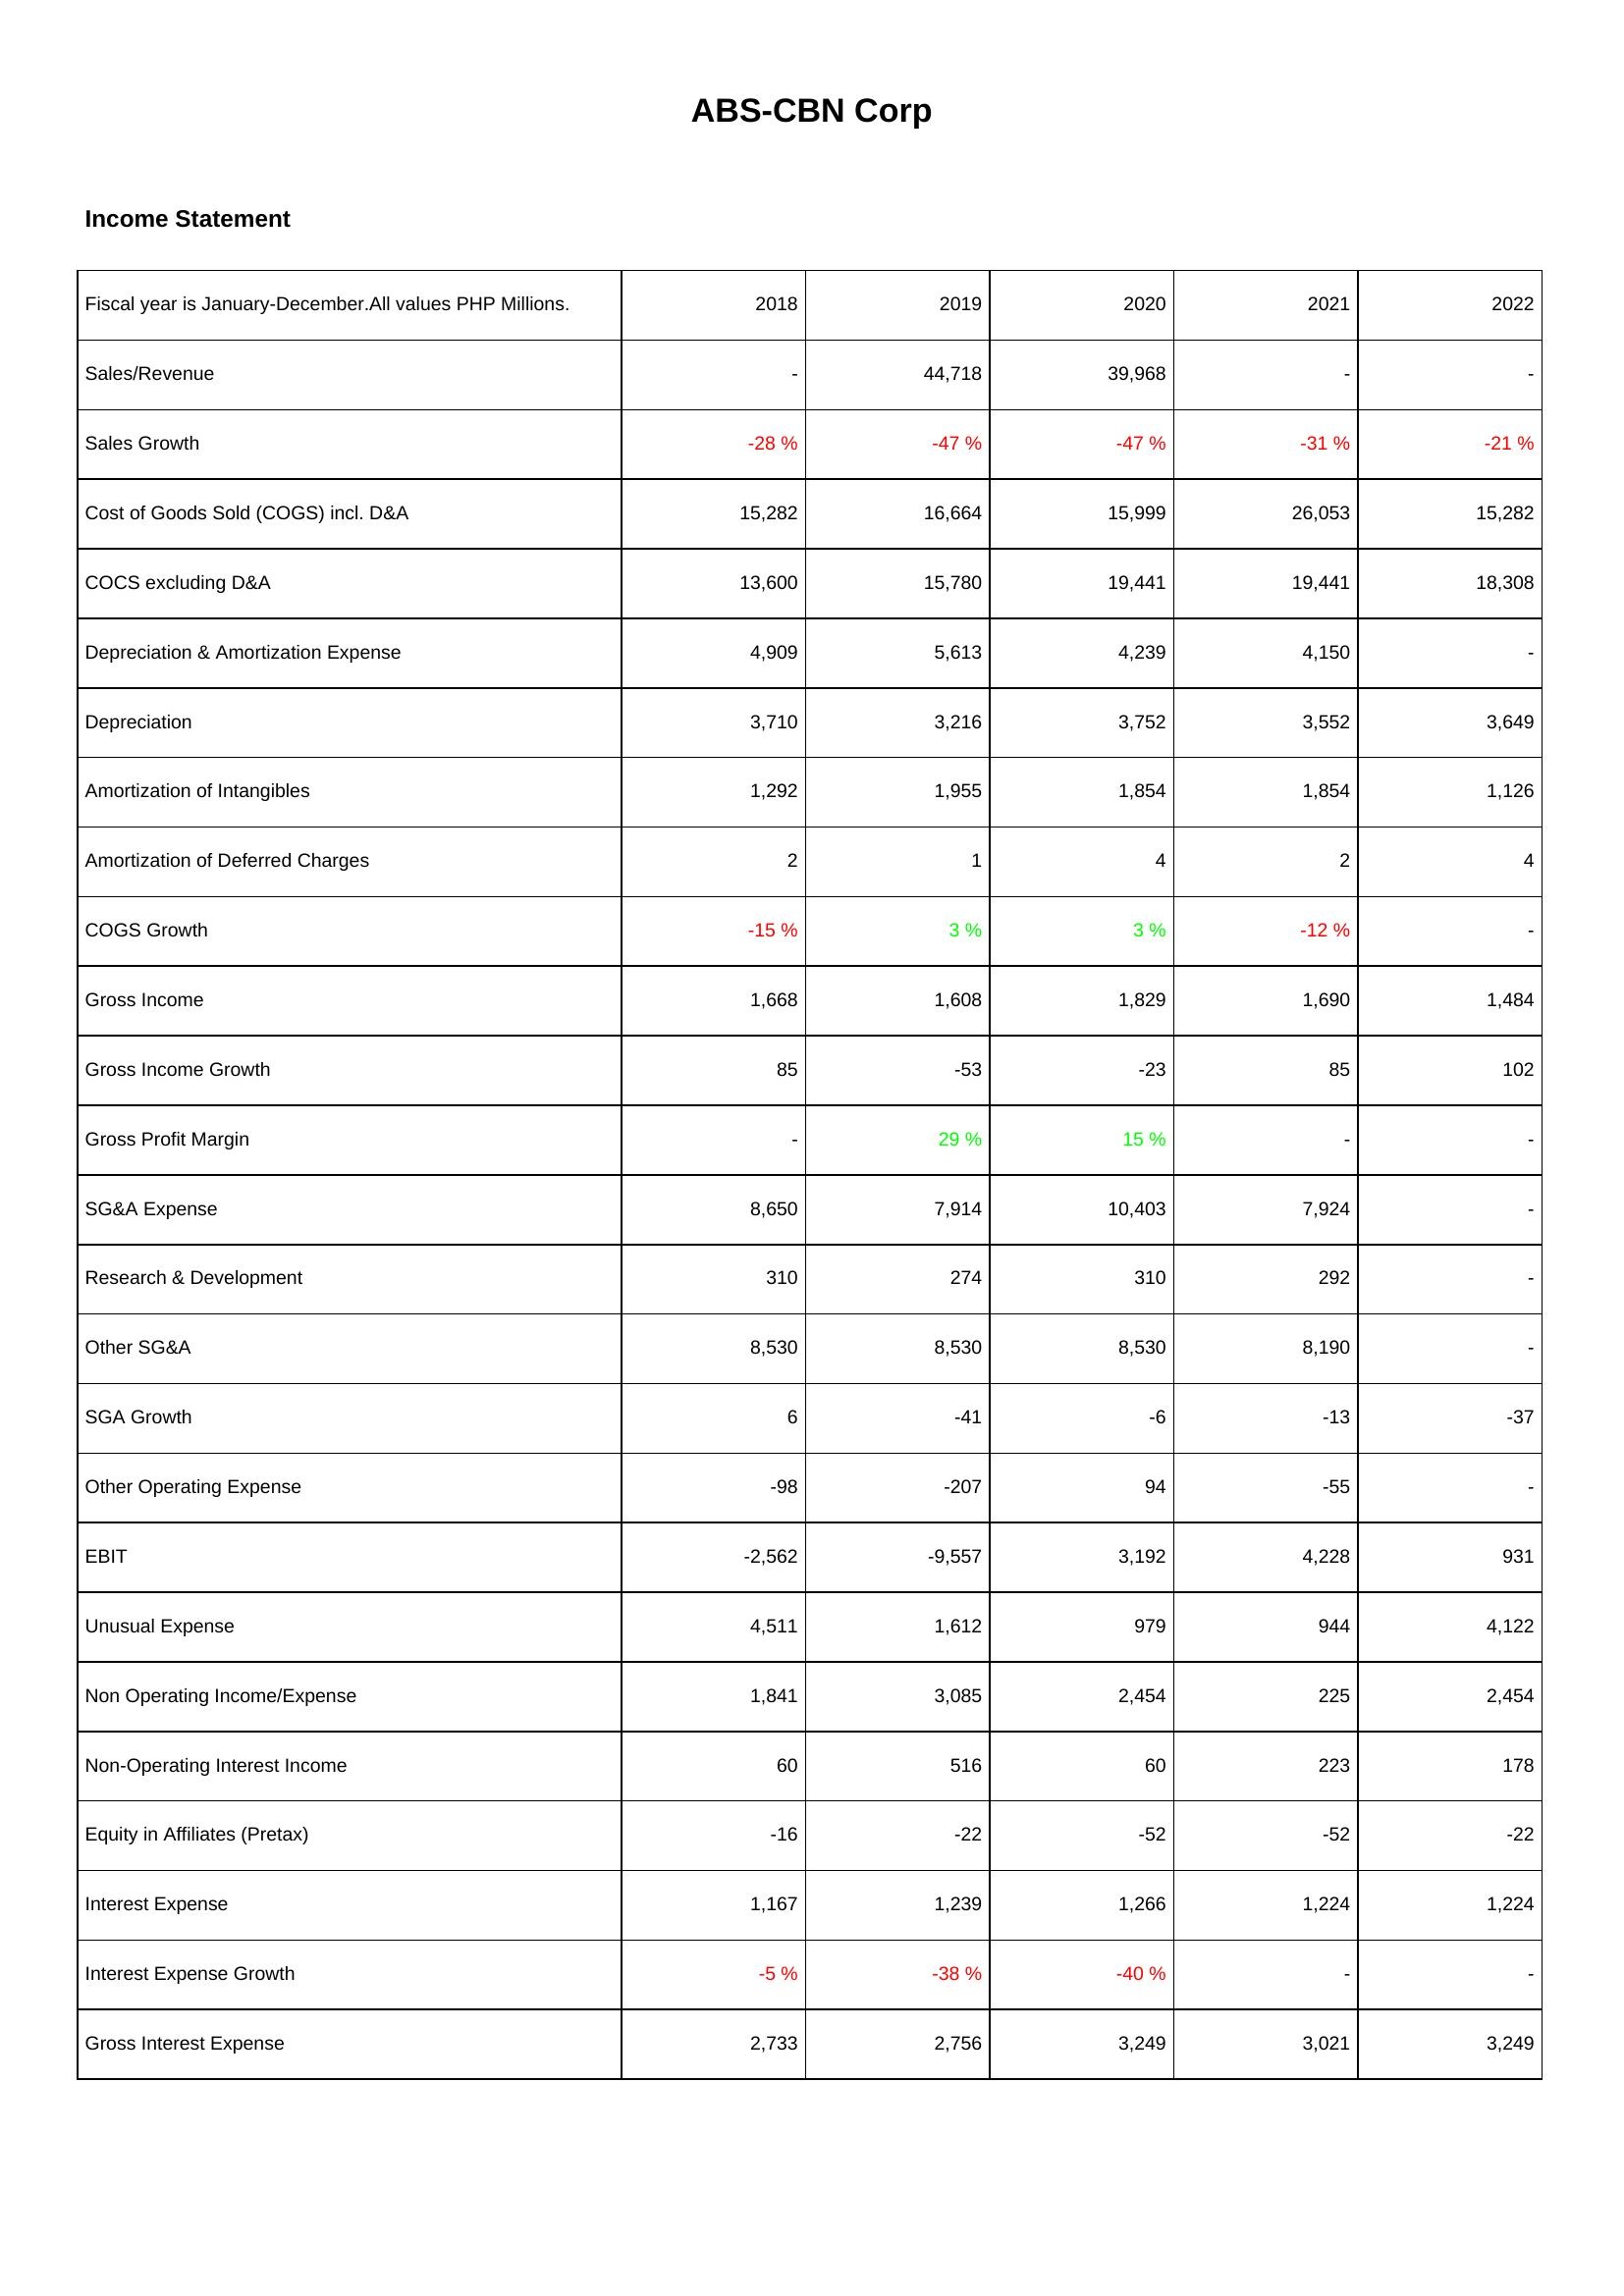
2018: Income Statement: Sales/Revenue: -
Sales Growth: -28 %
Cost of Goods Sold (COGS) incl. D&A: 15,282
COCS excluding D&A: 13,600
Depreciation & Amortization Expense: 4,909
Depreciation: 3,710
Amortization of Intangibles: 1,292
Amortization of Deferred Charges: 2
COGS Growth: -15 %
Gross Income: 1,668
Gross Income Growth: 85
Gross Profit Margin: -
SG&A Expense: 8,650
Research & Development: 310
Other SG&A: 8,530
SGA Growth: 6
Other Operating Expense: -98
EBIT: -2,562
Unusual Expense: 4,511
Non Operating Income/Expense: 1,841
Non-Operating Interest Income: 60
Equity in Affiliates (Pretax): -16
Interest Expense: 1,167
Interest Expense Growth: -5 %
Gross Interest Expense: 2,733
2019: Income Statement: Sales/Revenue: 44,718
Sales Growth: -47 %
Cost of Goods Sold (COGS) incl. D&A: 16,664
COCS excluding D&A: 15,780
Depreciation & Amortization Expense: 5,613
Depreciation: 3,216
Amortization of Intangibles: 1,955
Amortization of Deferred Charges: 1
COGS Growth: 3 %
Gross Income: 1,608
Gross Income Growth: -53
Gross Profit Margin: 29 %
SG&A Expense: 7,914
Research & Development: 274
Other SG&A: 8,530
SGA Growth: -41
Other Operating Expense: -207
EBIT: -9,557
Unusual Expense: 1,612
Non Operating Income/Expense: 3,085
Non-Operating Interest Income: 516
Equity in Affiliates (Pretax): -22
Interest Expense: 1,239
Interest Expense Growth: -38 %
Gross Interest Expense: 2,756
2020: Income Statement: Sales/Revenue: 39,968
Sales Growth: -47 %
Cost of Goods Sold (COGS) incl. D&A: 15,999
COCS excluding D&A: 19,441
Depreciation & Amortization Expense: 4,239
Depreciation: 3,752
Amortization of Intangibles: 1,854
Amortization of Deferred Charges: 4
COGS Growth: 3 %
Gross Income: 1,829
Gross Income Growth: -23
Gross Profit Margin: 15 %
SG&A Expense: 10,403
Research & Development: 310
Other SG&A: 8,530
SGA Growth: -6
Other Operating Expense: 94
EBIT: 3,192
Unusual Expense: 979
Non Operating Income/Expense: 2,454
Non-Operating Interest Income: 60
Equity in Affiliates (Pretax): -52
Interest Expense: 1,266
Interest Expense Growth: -40 %
Gross Interest Expense: 3,249
2021: Income Statement: Sales/Revenue: -
Sales Growth: -31 %
Cost of Goods Sold (COGS) incl. D&A: 26,053
COCS excluding D&A: 19,441
Depreciation & Amortization Expense: 4,150
Depreciation: 3,552
Amortization of Intangibles: 1,854
Amortization of Deferred Charges: 2
COGS Growth: -12 %
Gross Income: 1,690
Gross Income Growth: 85
Gross Profit Margin: -
SG&A Expense: 7,924
Research & Development: 292
Other SG&A: 8,190
SGA Growth: -13
Other Operating Expense: -55
EBIT: 4,228
Unusual Expense: 944
Non Operating Income/Expense: 225
Non-Operating Interest Income: 223
Equity in Affiliates (Pretax): -52
Interest Expense: 1,224
Interest Expense Growth: -
Gross Interest Expense: 3,021
2022: Income Statement: Sales/Revenue: -
Sales Growth: -21 %
Cost of Goods Sold (COGS) incl. D&A: 15,282
COCS excluding D&A: 18,308
Depreciation & Amortization Expense: -
Depreciation: 3,649
Amortization of Intangibles: 1,126
Amortization of Deferred Charges: 4
COGS Growth: -
Gross Income: 1,484
Gross Income Growth: 102
Gross Profit Margin: -
SG&A Expense: -
Research & Development: -
Other SG&A: -
SGA Growth: -37
Other Operating Expense: -
EBIT: 931
Unusual Expense: 4,122
Non Operating Income/Expense: 2,454
Non-Operating Interest Income: 178
Equity in Affiliates (Pretax): -22
Interest Expense: 1,224
Interest Expense Growth: -
Gross Interest Expense: 3,249